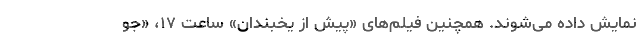
نمایش داده می‌شوند. همچنین فیلم‌های «پیش از یخبندان» ساعت ۱۷، «جو